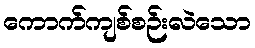
ကောက်ကျစ်စဉ်းလဲသော